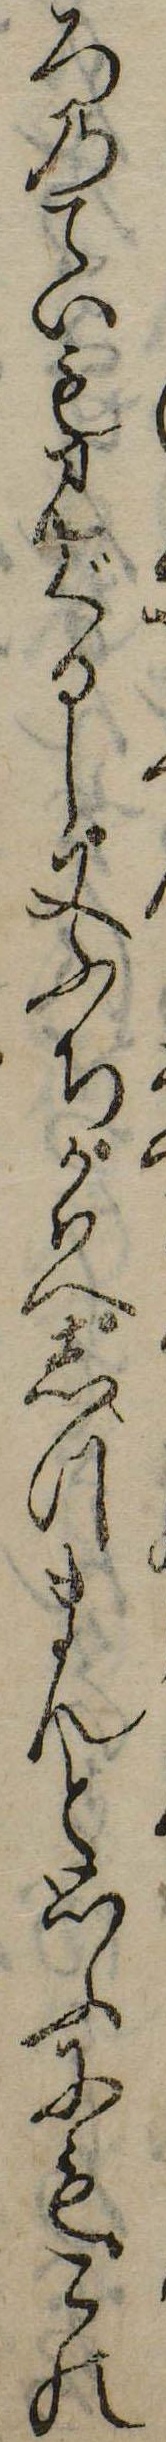
ろのていも見ぐるし又ふちかはへしづまんと思ふにもこの